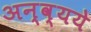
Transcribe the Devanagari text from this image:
अन्व्यये